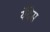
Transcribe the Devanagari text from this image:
येँदेस